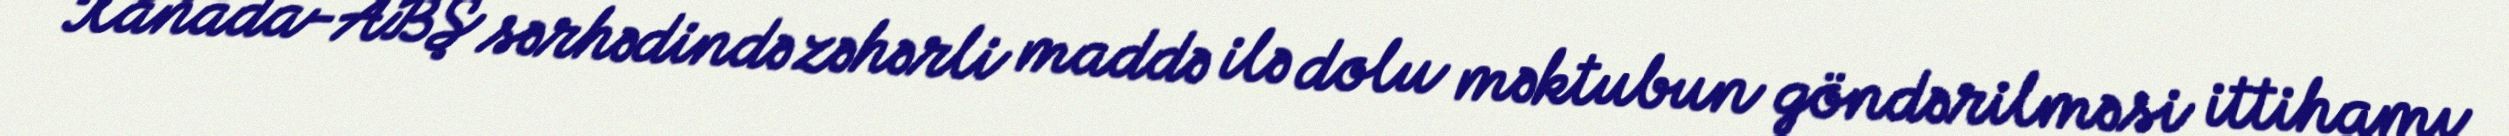
Kanada-ABŞ sərhədində zəhərli maddə ilə dolu məktubun göndərilməsi ittihamı